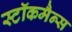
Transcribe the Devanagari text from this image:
स्टॉकमैन्स